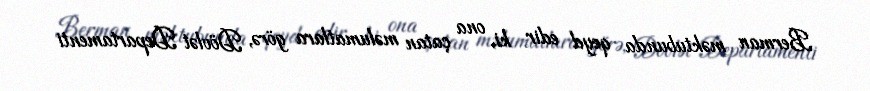
Berman məktubunda qeyd edir ki, ona çatan məlumatlara görə, Dövlət Departamenti